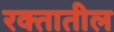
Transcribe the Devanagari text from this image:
रक्‍तातील